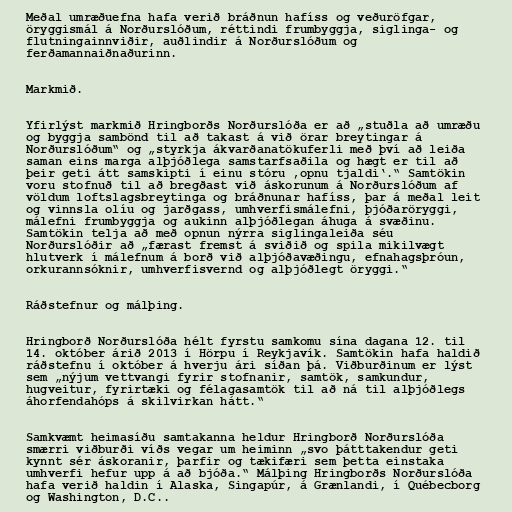
Meðal umræðuefna hafa verið bráðnun hafíss og veðuröfgar,
öryggismál á Norðurslóðum, réttindi frumbyggja, siglinga- og
flutningainnviðir, auðlindir á Norðurslóðum og
ferðamannaiðnaðurinn.

Markmið.

Yfirlýst markmið Hringborðs Norðurslóða er að „stuðla að umræðu
og byggja sambönd til að takast á við örar breytingar á
Norðurslóðum“ og „styrkja ákvarðanatökuferli með því að leiða
saman eins marga alþjóðlega samstarfsaðila og hægt er til að
þeir geti átt samskipti í einu stóru ‚opnu tjaldi‘.“ Samtökin
voru stofnuð til að bregðast við áskorunum á Norðurslóðum af
völdum loftslagsbreytinga og bráðnunar hafíss, þar á meðal leit
og vinnsla olíu og jarðgass, umhverfismálefni, þjóðaröryggi,
málefni frumbyggja og aukinn alþjóðlegan áhuga á svæðinu.
Samtökin telja að með opnun nýrra siglingaleiða séu
Norðurslóðir að „færast fremst á sviðið og spila mikilvægt
hlutverk í málefnum á borð við alþjóðavæðingu, efnahagsþróun,
orkurannsóknir, umhverfisvernd og alþjóðlegt öryggi.“

Ráðstefnur og málþing.

Hringborð Norðurslóða hélt fyrstu samkomu sína dagana 12. til
14. október árið 2013 í Hörpu í Reykjavík. Samtökin hafa haldið
ráðstefnu í október á hverju ári síðan þá. Viðburðinum er lýst
sem „nýjum vettvangi fyrir stofnanir, samtök, samkundur,
hugveitur, fyrirtæki og félagasamtök til að ná til alþjóðlegs
áhorfendahóps á skilvirkan hátt.“

Samkvæmt heimasíðu samtakanna heldur Hringborð Norðurslóða
smærri viðburði víðs vegar um heiminn „svo þátttakendur geti
kynnt sér áskoranir, þarfir og tækifæri sem þetta einstaka
umhverfi hefur upp á að bjóða.“ Málþing Hringborðs Norðurslóða
hafa verið haldin í Alaska, Singapúr, á Grænlandi, í Québecborg
og Washington, D.C..